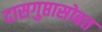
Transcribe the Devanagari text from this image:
दासगुप्तासोबत